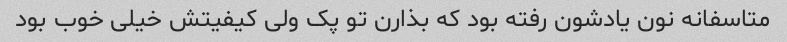
متاسفانه نون یادشون رفته بود که بذارن تو پک ولی کیفیتش خیلی خوب بود